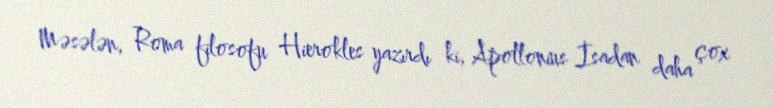
Məsələn, Roma filosofu Hierokles yazırdı ki, Apollonius İsadan daha çox